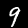
Digit: 9